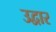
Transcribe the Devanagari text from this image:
उद्वार